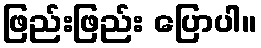
ဖြည်းဖြည်း ပြောပါ။